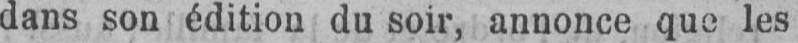
dans son édition du soir, annonce que les